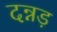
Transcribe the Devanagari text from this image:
दन्नड़